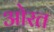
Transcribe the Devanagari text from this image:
ओरत